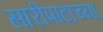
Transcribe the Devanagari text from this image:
सारीपाटाच्या